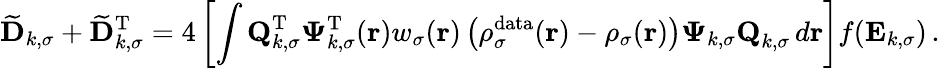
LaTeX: \mathbf{\widetilde{D}}_{k,\sigma}+\mathbf{\widetilde{D}}_{k,\sigma}^{\mathrm{T}}=4\left[\int\textbf{Q}_{k,\sigma}^{\mathrm{T}}\boldsymbol{\Psi}_{k,\sigma}^{\mathrm{T}}(\boldsymbol{\textbf{r}})w_{\sigma}(\boldsymbol{\textbf{r}})\left(\rho_{\sigma}^{\mathrm{data}}(\boldsymbol{\textbf{r}})-\rho_{\sigma}(\boldsymbol{\textbf{r}})\right)\boldsymbol{\Psi}_{k,\sigma}\textbf{Q}_{k,\sigma}\, d\boldsymbol{\textbf{r}}\right]f(\mathbf{E}_{k,\sigma})\, .